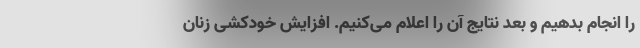
را انجام بدهیم و بعد نتایج آن را اعلام می‌کنیم. افزایش خودکشی زنان